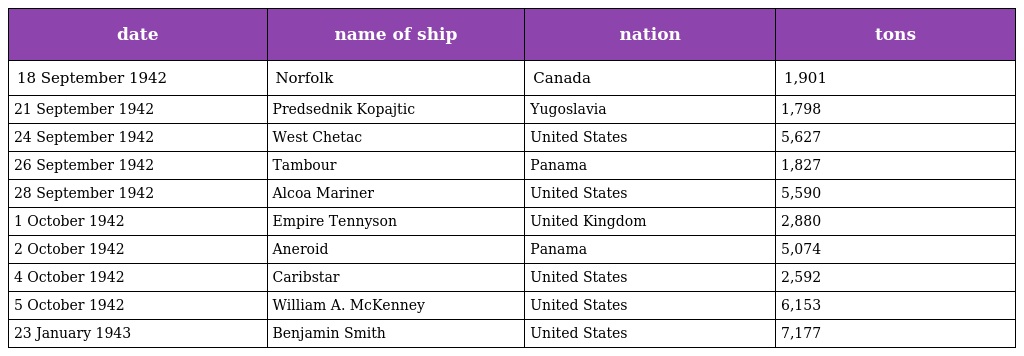
| date | name of ship | nation | tons |
 | --- | --- | --- | --- |
 | 18 September 1942 | Norfolk | Canada | 1,901 |
 | 21 September 1942 | Predsednik Kopajtic | Yugoslavia | 1,798 |
 | 24 September 1942 | West Chetac | United States | 5,627 |
 | 26 September 1942 | Tambour | Panama | 1,827 |
 | 28 September 1942 | Alcoa Mariner | United States | 5,590 |
 | 1 October 1942 | Empire Tennyson | United Kingdom | 2,880 |
 | 2 October 1942 | Aneroid | Panama | 5,074 |
 | 4 October 1942 | Caribstar | United States | 2,592 |
 | 5 October 1942 | William A. McKenney | United States | 6,153 |
 | 23 January 1943 | Benjamin Smith | United States | 7,177 |